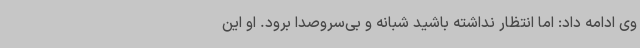
وی ادامه داد: اما انتظار نداشته باشید شبانه و بی‌سروصدا برود. او این